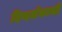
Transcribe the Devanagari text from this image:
दिग्दर्शकाची